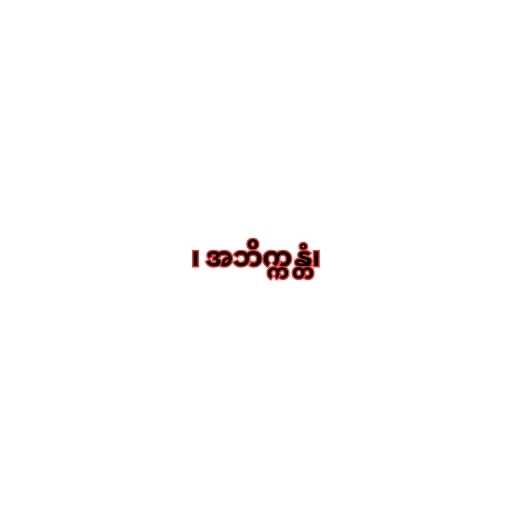
၊ အဘိက္ကန္တံ၊